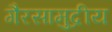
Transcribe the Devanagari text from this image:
गैरसामुद्रीय